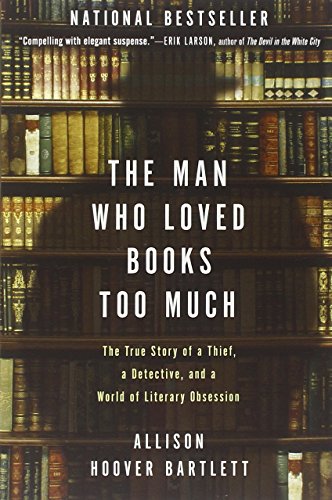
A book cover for The Man Who Loved Books Too Much: The True Story of a Thief, a Detective, and a World of Literary Obsession; Allison Hoover Bartlett; Crafts, Hobbies & Home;